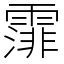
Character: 𩄼